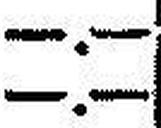
—.—